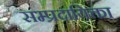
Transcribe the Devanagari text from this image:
सम्प्रदायिक्ता